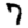
Digit: 7